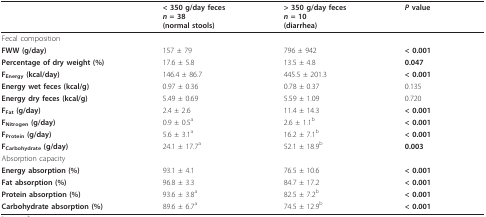
<table><thead><tr><td></td><td><b>&lt; 350 g/day feces<i>n </i>= 38(normal stools)</b></td><td><b>&gt; 350 g/day feces<i>n </i>= 10(diarrhea)</b></td><td><b><i>P </i>value</b></td></tr></thead><tbody><tr><td colspan="4">Fecal composition</td></tr><tr><td><b>FWW (g/day)</b></td><td>157 ± 79</td><td>796 ± 942</td><td><b>&lt; 0.001</b></td></tr><tr><td><b>Percentage of dry weight (%)</b></td><td>17.6 ± 5.8</td><td>13.5 ± 4.8</td><td><b>0.047</b></td></tr><tr><td><b>F<sub>Energy </sub>(kcal/day)</b></td><td>146.4 ± 86.7</td><td>445.5 ± 201.3</td><td><b>&lt; 0.001</b></td></tr><tr><td><b>Energy wet feces (kcal/g)</b></td><td>0.97 ± 0.36</td><td>0.78 ± 0.37</td><td>0.135</td></tr><tr><td><b>Energy dry feces (kcal/g)</b></td><td>5.49 ± 0.69</td><td>5.59 ± 1.09</td><td>0.720</td></tr><tr><td><b>F<sub>Fat </sub>(g/day)</b></td><td>2.4 ± 2.6</td><td>11.4 ± 14.3</td><td><b>&lt; 0.001</b></td></tr><tr><td><b>F<sub>Nitrogen </sub>(g/day)</b></td><td>0.9 ± 0.5<sup>a</sup></td><td>2.6 ± 1.1<sup>b</sup></td><td><b>&lt; 0.001</b></td></tr><tr><td><b>F<sub>Protein </sub>(g/day)</b></td><td>5.6 ± 3.1<sup>a</sup></td><td>16.2 ± 7.1<sup>b</sup></td><td><b>&lt; 0.001</b></td></tr><tr><td><b>F<sub>Carbohydrate </sub>(g/day)</b></td><td>24.1 ± 17.7<sup>a</sup></td><td>52.1 ± 18.9<sup>b</sup></td><td><b>0.003</b></td></tr><tr><td colspan="4">Absorption capacity</td></tr><tr><td><b>Energy absorption (%)</b></td><td>93.1 ± 4.1</td><td>76.5 ± 10.6</td><td><b>&lt; 0.001</b></td></tr><tr><td><b>Fat absorption (%)</b></td><td>96.8 ± 3.3</td><td>84.7 ± 17.2</td><td><b>&lt; 0.001</b></td></tr><tr><td><b>Protein absorption (%)</b></td><td>93.6 ± 3.8<sup>a</sup></td><td>82.5 ± 7.2<sup>b</sup></td><td><b>&lt; 0.001</b></td></tr><tr><td><b>Carbohydrate absorption (%)</b></td><td>89.6 ± 6.7<sup>a</sup></td><td>74.5 ± 12.9<sup>b</sup></td><td><b>&lt; 0.001</b></td></tr></tbody></table>